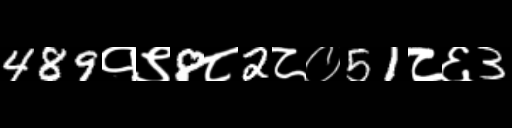
Text: 489१९8८2८०51८६3